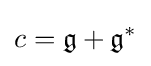
c={\mathfrak {g}}+{\mathfrak {g}}^{*}